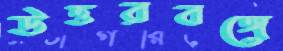
উত্তরবঙ্গে